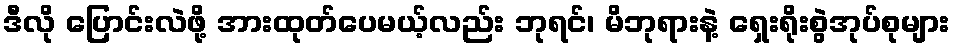
ဒီလို ပြောင်းလဲဖို့ အားထုတ်ပေမယ့်လည်း ဘုရင်၊ မိဘုရားနဲ့ ရှေးရိုးစွဲအုပ်စုများ